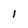
Character: l